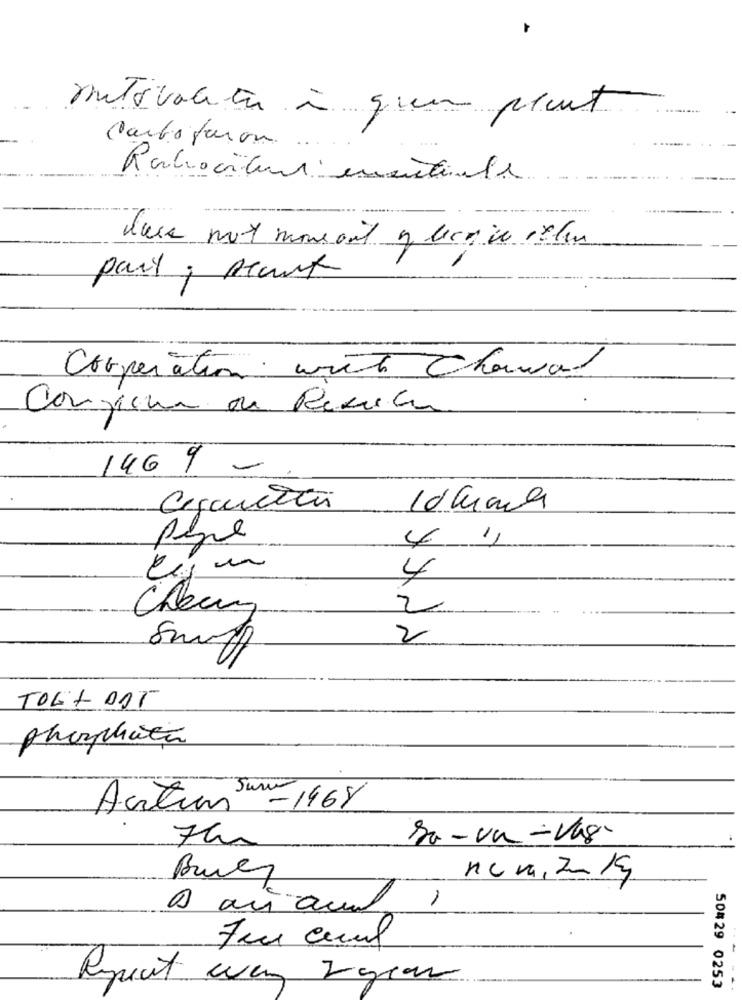
putovaluta à que plant
Carbofuron. ...
part; Mark
Cooperation wret Chowad
Conviene de Recerca
146 9 -
10 Guana
01
1
4
4
2
2
TOG + DAT
phosphate
Action -1968
Sa-va- Vas
7hs
1
Respect way 2years
50429 0253